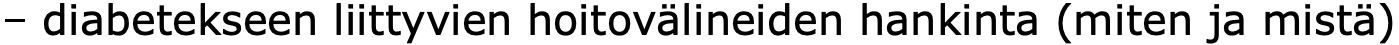
– diabetekseen liittyvien hoitovälineiden hankinta (miten ja mistä)